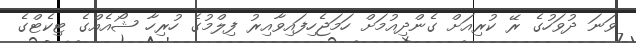
ވަނަ ދުވަހުގެ ރޭ ކުރިއަށް ގެންދިއުމަށް ހަމަޖެހިފައިވާއިރު ފިލްމުގެ ހުރިހާ ޝޯއެއްގެ ޓިކެޓްގެ